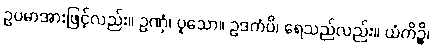
ဥပမာအားဖြင့်လည်း။ ဥဏှံ၊ ပူသော။ ဥဒကံပိ၊ ရေသည်လည်း။ ယံကိဉ္စိ၊